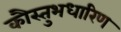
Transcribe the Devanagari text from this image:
कौस्तुभधारिण